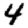
Digit: 4